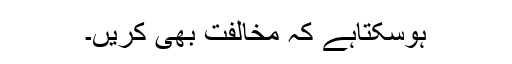
ہوسکتاہے کہ مخالفت بھی کریں۔